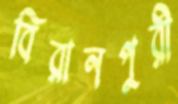
বিরানপুরী